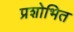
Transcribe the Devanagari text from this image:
प्रशोभित